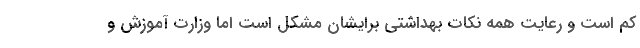
کم است و رعایت همه نکات بهداشتی برایشان مشکل است اما وزارت آموزش و